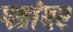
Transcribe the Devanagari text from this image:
पत्रांवर